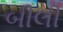
બીલી